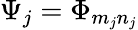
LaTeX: \Psi_{j}=\Phi_{m_{j}n_{j}}